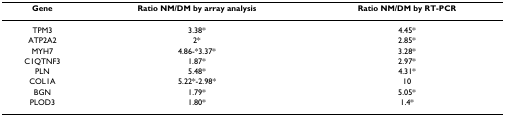
<table><thead><tr><td><b>Gene</b></td><td><b>Ratio NM/DM by array analysis</b></td><td><b>Ratio NM/DM by RT-PCR</b></td></tr></thead><tbody><tr><td>TPM3</td><td>3.38*</td><td>4.45*</td></tr><tr><td>ATP2A2</td><td>2*</td><td>2.85*</td></tr><tr><td>MYH7</td><td>4.86-*3.37*</td><td>3.28*</td></tr><tr><td>C1QTNF3</td><td>1.87*</td><td>2.97*</td></tr><tr><td>PLN</td><td>5.48*</td><td>4.31*</td></tr><tr><td>COL1A</td><td>5.22*-2.98*</td><td>10</td></tr><tr><td>BGN</td><td>1.79*</td><td>5.05*</td></tr><tr><td>PLOD3</td><td>1.80*</td><td>1.4*</td></tr></tbody></table>